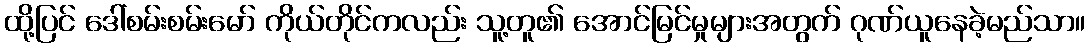
ထို့ပြင် ဒေါ်စမ်းစမ်းမော် ကိုယ်တိုင်ကလည်း သူ့တူ၏ အောင်မြင်မှုများအတွက် ဂုဏ်ယူနေခဲ့မည်သာ။